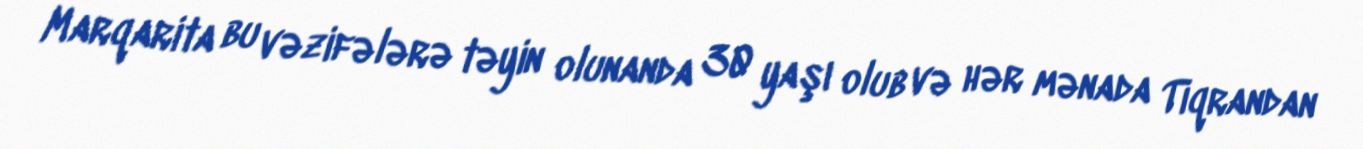
Marqarita bu vəzifələrə təyin olunanda 30 yaşı olub və hər mənada Tiqrandan